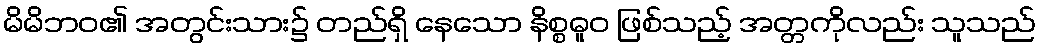
မိမိဘဝ၏ အတွင်းသား၌ တည်ရှိ နေသော နိစ္စဓူဝ ဖြစ်သည့် အတ္တကိုလည်း သူသည်